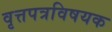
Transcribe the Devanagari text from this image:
वृत्तपत्रविषयक